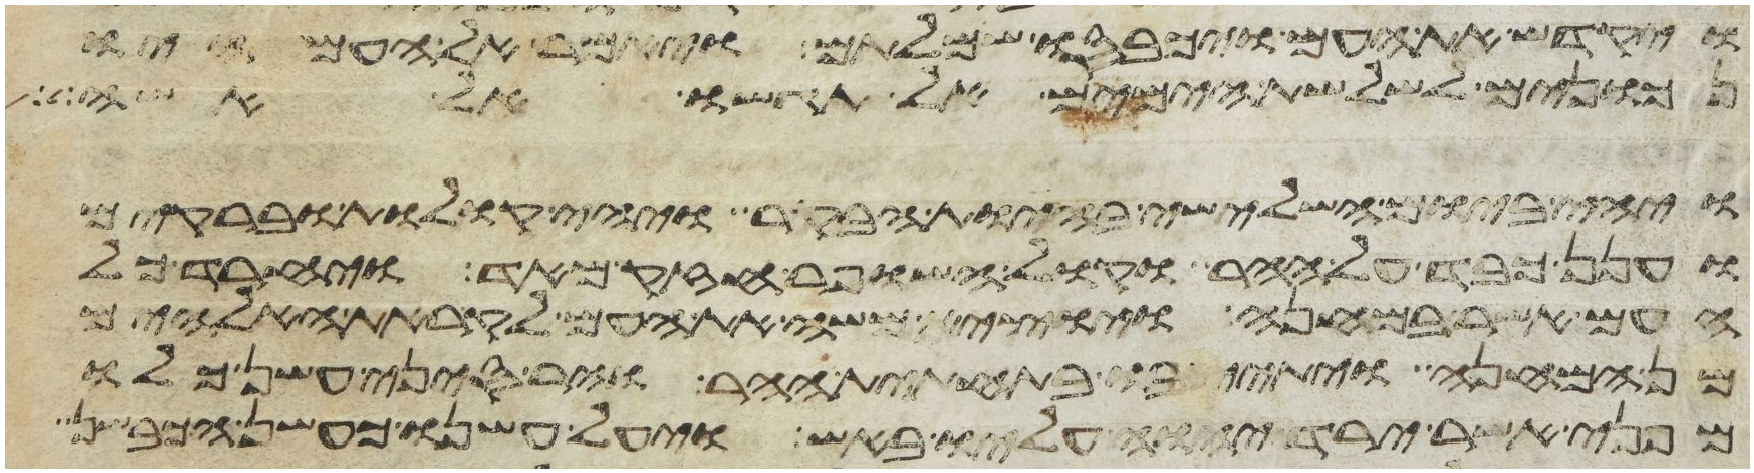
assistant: ויקדש את העם ויכבסו שמלותם ויאמר אל העם היו
נכונים לשלשת הימים אל תגשו אל אשה
ויהי ביום השלישי בהיות הבקר ויהי קולות וברקים
וענן כבד על ההר וקול השופר חזק מאד ויחרד כל
העם אשר במחנה ויוצא משה את העם לקראת האלהים
מן המחנה ויתיצבו בתחתית ההר והר סיני עשן כלו
מפני אשר ירד יהוה עליו באש ויעל עשנו כעשן הכבשן